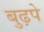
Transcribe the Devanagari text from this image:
बुढ़पे